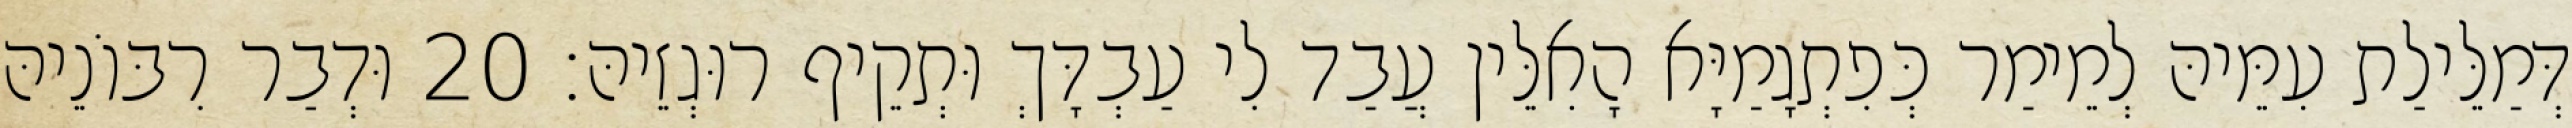
דְּמַלֵּילַת עִמֵּיהּ לְמֵימַר כְּפִתְגָמַיָּא הָאִלֵּין עֲבַד לִי עַבְדָּךְ וּתְקֵיף רוּגְזֵיהּ׃ 20 וּדְבַר רִבּוֹנֵיהּ